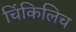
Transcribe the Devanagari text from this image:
चिंकिलिच